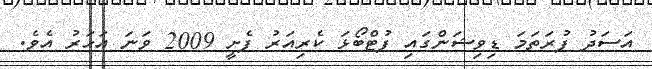
އަސަދު ފުރަތަމަ ޑިވިޝަންގައި ފުޓްބޯޅަ ކެރިއަރު ފެށީ 2009 ވަނަ އަހަރު އެވެ.